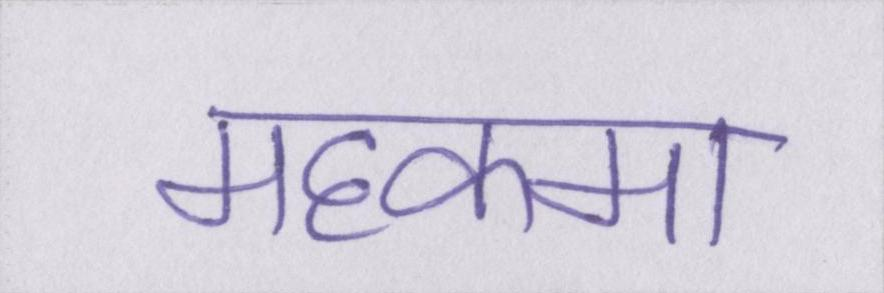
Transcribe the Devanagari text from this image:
महकमा